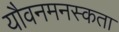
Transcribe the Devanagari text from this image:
यौवनमनस्कता